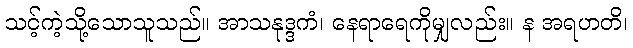
သင့်ကဲ့သို့သောသူသည်။ အာသနုဒ္ဒကံ၊ နေရာရေကိုမျှလည်း။ န အရဟတိ၊